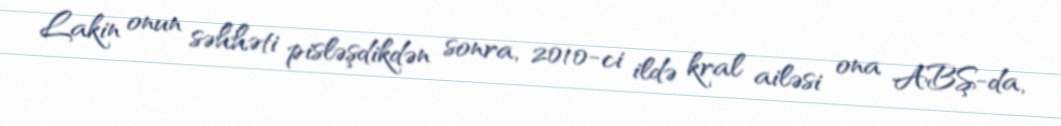
Lakin onun səhhəti pisləşdikdən sonra, 2010-ci ildə kral ailəsi ona ABŞ-da,